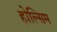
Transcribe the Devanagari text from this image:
होल्सिम